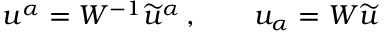
u ^ { \alpha } = W ^ { - 1 } \widetilde { u } ^ { \alpha } \, , \qquad u _ { \alpha } = W \widetilde { u }